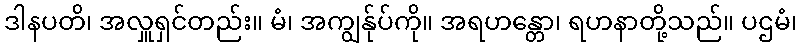
ဒါနပတိ၊ အလှူရှင်တည်း။ မံ၊ အကျွန်ုပ်ကို။ အရဟန္တော၊ ရဟနာတို့သည်။ ပဌမံ၊